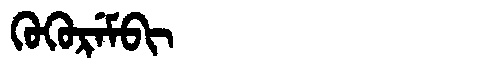
Manchu: ᡴᡠᡴᡠᡵᡝᠮᠪᡳ
Romanization: KUKUREMBI